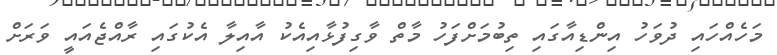
މަހެއްހައި ދުވަހު އިންޑިއާގައި ތިބުމަށްފަހު މާތް ވާގިފުޅާއިއެކު އާއިލާ އެކުގައި ރާއްޖެއައީ ވަރަށް